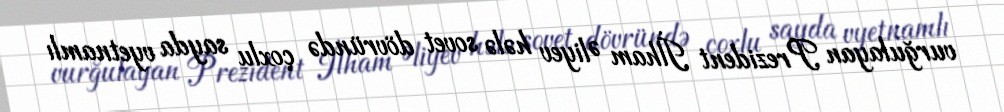
vurğulayan Prezident İlham Əliyev hələ sovet dövründə çoxlu sayda vyetnamlı